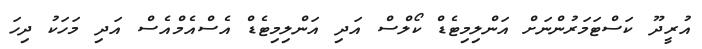
އުރީދޫ ކަސްޓަމަރުންނަށް އަންލިމިޓެޑް ކޯލްސް އަދި އަންލިމިޓެޑް އެސްއެމްއެސް އަދި މަހަކު ދިހަ